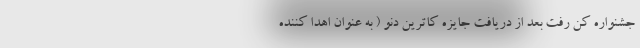
جشنواره کن رفت بعد از دریافت جایزه کاترین دنو ( به عنوان اهدا کننده